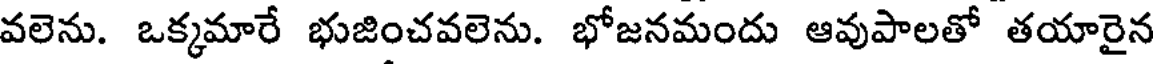
వలెను. ఒక్కమారే భుజించవలెను. భోజనమందు ఆవుపాలతో తయారైన